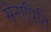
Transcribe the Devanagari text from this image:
सेनापिति